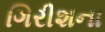
ગિરીશના